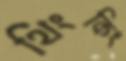
থিংকিং